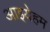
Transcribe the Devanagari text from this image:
आइयेहम